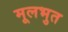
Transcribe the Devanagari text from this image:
मूलभुत